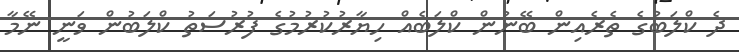
ދެ ކްލަބުގެ ތެރެއިން ބޭނުން ކްލަބެއް ހިޔާރުކުރުމުގެ ފުރުސަތު ކްލަބުން ވަނީ ނޭމާ